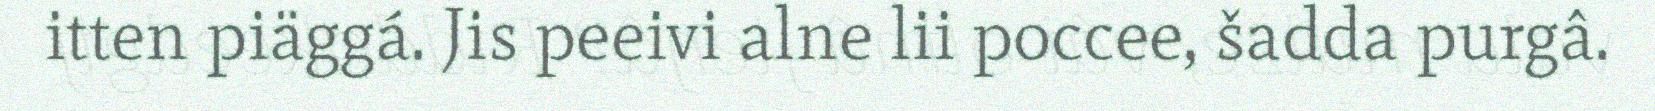
itten piäggá. Jis peeivi alne lii poccee, šadda purgâ.